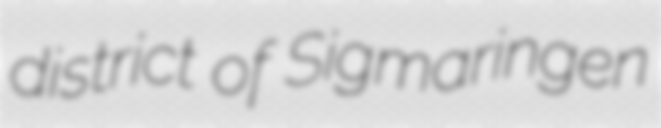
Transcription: district of Sigmaringen